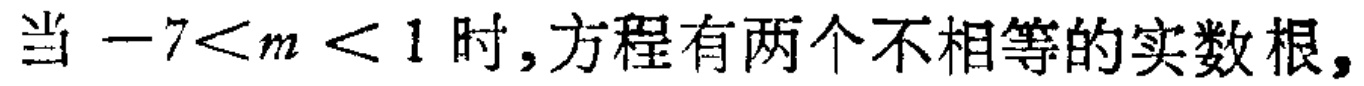
当\(-7<m<1\)时,方程有两个不相等的实数根,